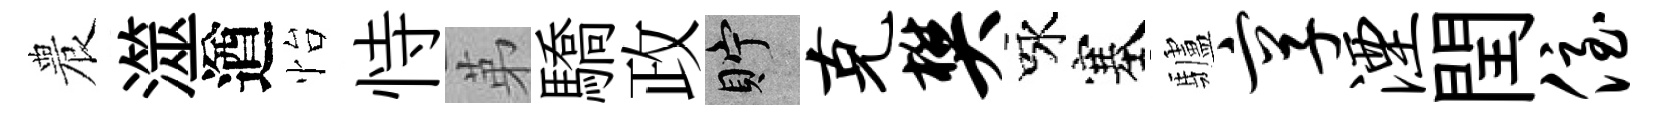
農澨遒怡恃苐驕政貯克樊咏塞驢享湮閏侄